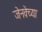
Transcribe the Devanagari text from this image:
जेनवेच्या